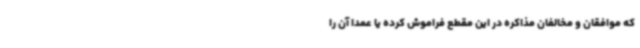
که موافقان و مخالفان مذاکره در این مقطع فراموش کرده یا عمدا آن را